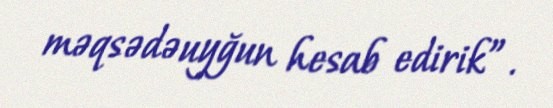
məqsədəuyğun hesab edirik”.